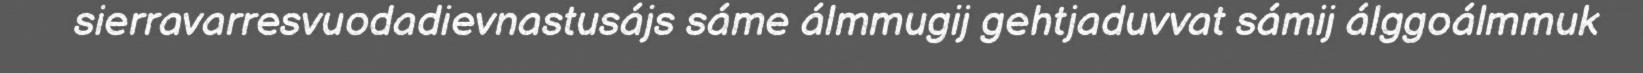
sierravarresvuodadievnastusájs sáme álmmugij gehtjaduvvat sámij álggoálmmuk